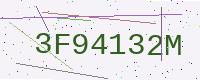
Text: 3F94132M